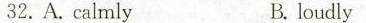
32. A. calmlyB. loudly